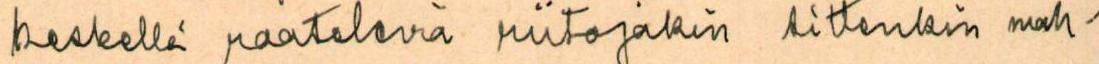
keskellä raatelevia riitojakin sittenkin mah-